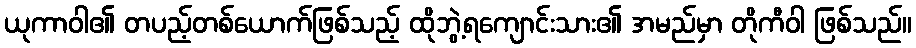
ယုကာဝါ၏ တပည့်တစ်ယောက်ဖြစ်သည့် ထိုဘွဲ့ရကျောင်းသား၏ အမည်မှာ တိုကီဝါ ဖြစ်သည်။